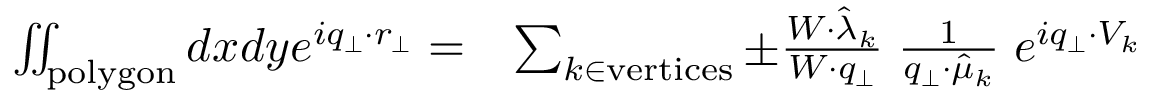
\begin{array} { r l } { \iint _ { \mathrm { p o l y g o n } } d x d y e ^ { i q _ { \perp } \cdot r _ { \perp } } = } & { \sum _ { k \in \mathrm { v e r t i c e s } } \pm \frac { W \cdot \hat { \lambda } _ { k } } { W \cdot q _ { \perp } } \; \frac { 1 } { q _ { \perp } \cdot \hat { \mu } _ { k } } \; e ^ { i q _ { \perp } \cdot V _ { k } } } \end{array}